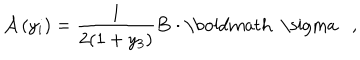
{ \cal A } \left( y _ { i } \right) = \frac { 1 } { 2 ( 1 + y _ { 3 } ) } { \bf B } \cdot \mathrm { \boldmath ~ \ s i g m a ~ } \; \; ,